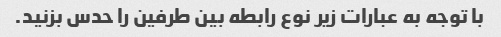
با توجه به عبارات زیر نوع رابطه بین طرفین را حدس بزنید.